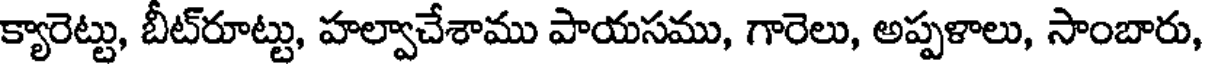
క్యారెట్టు, బీట్రూట్టు, హల్వాచేశాము పాయసము, గారెలు, అప్పళాలు, సాంబారు,